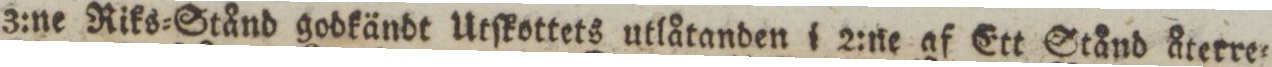
3:ne Riks=Stånd godkändt Utſkottets utlåtanden i 2:ne af Ett Stånd återre=